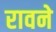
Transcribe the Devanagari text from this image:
रावने